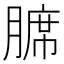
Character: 𫟊